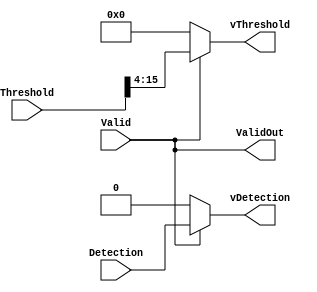
// -------------------------------------------------------------
// 
// 
// Generated by MATLAB 9.12 and HDL Coder 3.20
// 
// -------------------------------------------------------------


// -------------------------------------------------------------
// 
// Module: Validate
// Source Path: SimulinkCFARHDLWorkflowExampleNew/CFAR Implementation Model/Validate
// Hierarchy Level: 1
// 
// -------------------------------------------------------------

`timescale 1 ns / 1 ns

module Validate
          (Threshold,
           Detection,
           Valid,
           vDetection,
           vThreshold,
           ValidOut);


  input   signed [33:0] Threshold;  // sfix34_En12
  input   Detection;
  input   Valid;
  output  vDetection;
  output  signed [11:0] vThreshold;  // sfix12_En8
  output  ValidOut;


  wire Constant1_out1;
  wire Switch2_out1;
  wire signed [33:0] Constant2_out1;  // sfix34_En12
  wire signed [11:0] Constant2_out1_dtc;  // sfix12_En8
  wire signed [11:0] Threshold_dtc;  // sfix12_En8
  wire signed [11:0] Switch1_out1;  // sfix12_En8


  assign Constant1_out1 = 1'b0;



  assign Switch2_out1 = (Valid == 1'b0 ? Constant1_out1 :
              Detection);



  assign vDetection = Switch2_out1;

  assign Constant2_out1 = 34'sh000000000;



  assign Constant2_out1_dtc = Constant2_out1[15:4];



  assign Threshold_dtc = Threshold[15:4];



  assign Switch1_out1 = (Valid == 1'b0 ? Constant2_out1_dtc :
              Threshold_dtc);



  assign vThreshold = Switch1_out1;

  assign ValidOut = Valid;

endmodule  // Validate